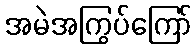
အမဲအကြွပ်ကြော်